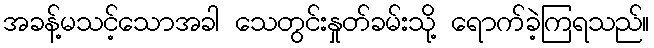
အခန့်မသင့်သောအခါ သေတွင်းနှုတ်ခမ်းသို့ ရောက်ခဲ့ကြရသည်။